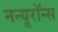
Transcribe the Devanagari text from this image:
नन्यूरॉन्स